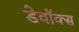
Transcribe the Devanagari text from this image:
डेवॉक्स